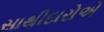
સાથીદારોએ